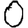
Digit: 0